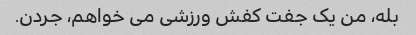
بله، من یک جفت کفش ورزشی می خواهم، جردن.